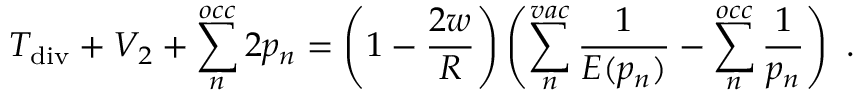
T _ { \mathrm { d i v } } + V _ { 2 } + \sum _ { n } ^ { o c c } 2 p _ { n } = \left( 1 - \frac { 2 w } { R } \right) \left( \sum _ { n } ^ { v a c } \frac { 1 } { E ( p _ { n } ) } - \sum _ { n } ^ { o c c } \frac { 1 } { p _ { n } } \right) \ .